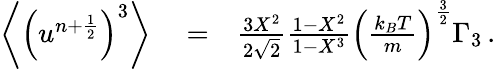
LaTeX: \begin{array}{rlr}{\left\langle\left(u^{n+\frac{1}{2}}\right)^{3}\right\rangle}&{{}=}&{\frac{3X^{2}}{2\sqrt{2}}\frac{1-X^{2}}{1-X^{3}}\left(\frac{k_{B}T}{m}\right)^{\frac{3}{2}}\Gamma_{3}\, .}\end{array}